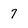
Character: 7